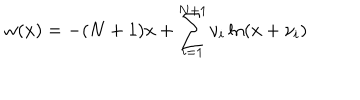
w ( x ) = - ( N + 1 ) x + \sum _ { i = 1 } ^ { N + 1 } \nu _ { i } \ln ( x + \nu _ { i } )